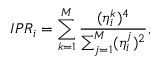
I P R _ { i } = \sum _ { k = 1 } ^ { M } \frac { ( \eta _ { i } ^ { k } ) ^ { 4 } } { \sum _ { j = 1 } ^ { M } ( \eta _ { i } ^ { j } ) ^ { 2 } } ,